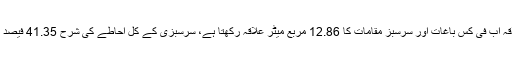
ماحول دوست شہرکاری اور تعمیر کی دہائی کے بعد شہری علاقہ اب فی کس باغات اور سرسبز مقامات کا 12.86 مربع میٹر علاقہ رکھتا ہے، سرسبزی کے کل احاطے کی شرح 41.35 فیصد ہے اور نامکمل گھاس کے احاطے کی شرح 37.47 فیصد ہے۔